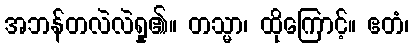
အဘန်တလဲလဲရှု၏။ တသ္မာ၊ ထိုကြောင့်။ ဧတံ၊